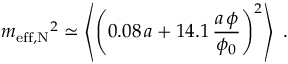
{ m _ { \mathrm { e f f , N } } } ^ { 2 } \simeq \left\langle \left( 0 . 0 8 \, a + 1 4 . 1 \, \frac { a \, \phi } { \phi _ { 0 } } \right) ^ { 2 } \right\rangle \, \, .